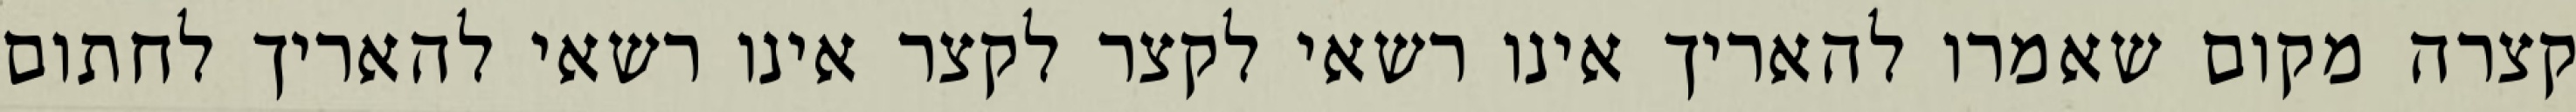
קצרה מקום שאמרו להאריך אינו רשאי לקצר לקצר אינו רשאי להאריך לחתום